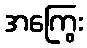
အကြွေး